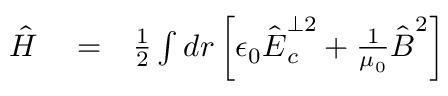
\begin{array} { r l r } { \hat { H } } & { { } = } & { \frac 1 2 \int d \boldsymbol r \left[ \epsilon _ { 0 } \hat { \boldsymbol E } _ { c } ^ { \perp 2 } + \frac { 1 } { \mu _ { 0 } } \hat { \boldsymbol B } ^ { 2 } \right] } \end{array}